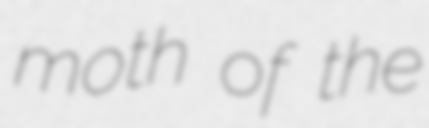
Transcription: moth of the